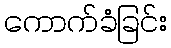
ကောက်ခံခြင်း